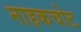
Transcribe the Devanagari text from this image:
नाहकचोट